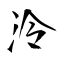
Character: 泠